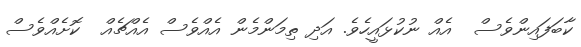
ކާބަފައިންވެސް  އެއް ނުކުޅައީހެވެ. އަދި ތިމަންމެން އެއްވެސް އެއްޗެއް  ކޮށެއްވެސް